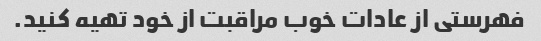
فهرستی از عادات خوب مراقبت از خود تهیه کنید.